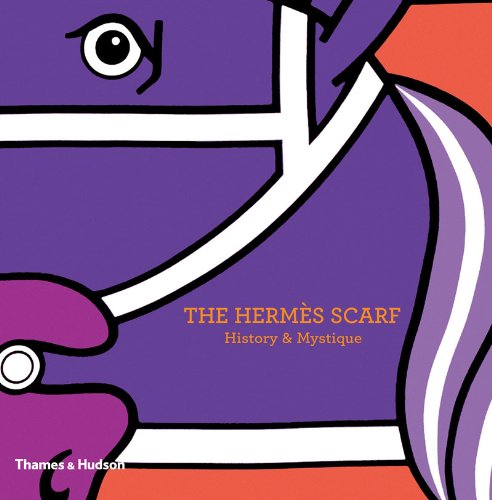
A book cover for The Hermes Scarf: History & Mystique; Nadine Coleno; Arts & Photography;